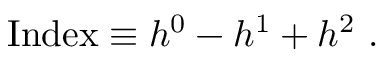
\mathrm { I n d e x } \equiv h ^ { 0 } - h ^ { 1 } + h ^ { 2 } \ .